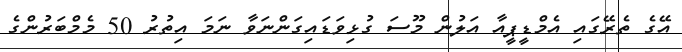
އޭގެ ތެރޭގައި އެމްޑީޕީއާ އަލުން މޫސަ ގުޅިވަޑައިގަންނަވާ ނަމަ އިތުރު 50 މެމްބަރުންގެ